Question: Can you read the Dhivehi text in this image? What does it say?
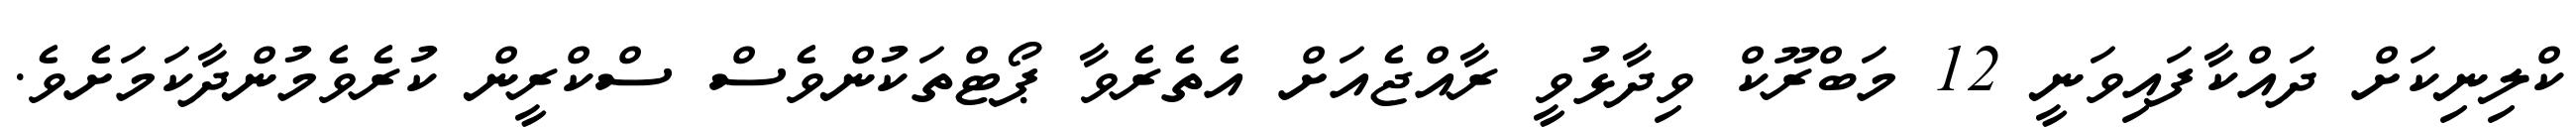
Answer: ކްލިނިކަށް ދައްކާފައިވަނީ 12 މަބްރޫކް ވިދާޅުވީ ރާއްޖެއަށް އެތެރެވާ ޕޯޓްތަކުންވެސް ސްކްރީން ކުރެވެމުންދާކަމަށެވެ.